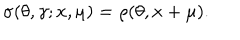
LaTeX: \sigma ( \theta , \gamma ; x , \mu ) = \rho ( \theta , x + \mu ) .